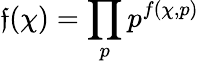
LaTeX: {\mathfrak{f}}(\chi)=\prod_{p}p^{f(\chi,p)}